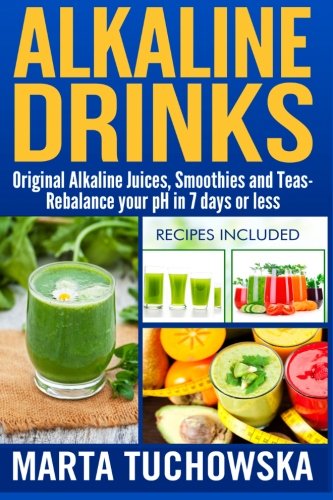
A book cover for Alkaline Drinks: Original Alkaline Smoothies, Juices and Teas- Rebalance your pH in 7 Days or Less (The Alkaline Diet Lifestyle) (Volume 5); Marta Tuchowska; Health, Fitness & Dieting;